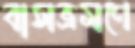
বাসভ্রমণে